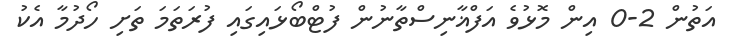
އަތުން 2-0 އިން މޮޅުވެ އަފްޣާނިސްތާނުން ފުޓްބޯޅައިގައި ފުރަތަމަ ތަށި ހޯދުމާ އެކު